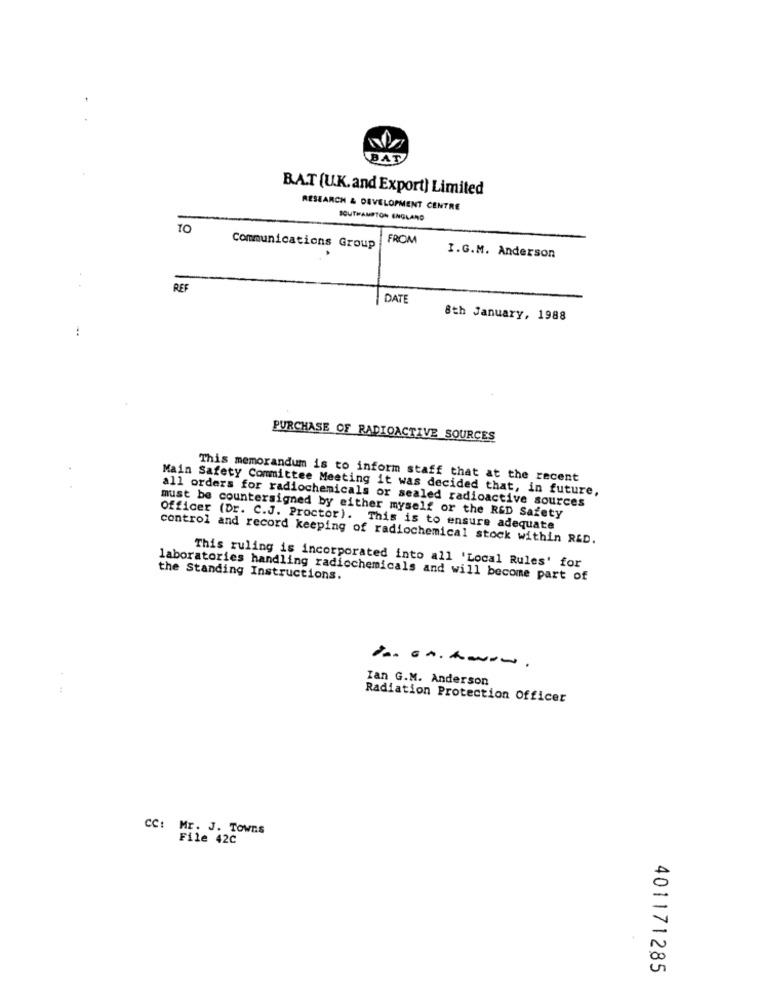
BAT
BAT (U.K. and Export) Limited
RESEARCH & DEVELOPMENT CENTRE
SOUTHAMPTON ENGLAND
TO
FROM
Communications Group
I.G.M. Anderson
REF
DATE
8th January, 1988
PURCHASE OF RADIOACTIVE SOURCES
This memorandum is to inform staff that at the recent
Main Safety Committee Meeting it was decided that, in future,
all orders for radiochemicals or sealed radioactive sources
must be countersigned by either myself or the RED Safety
Officer (Dr. C.J. Proctor). This is to ensure adequate
control and record keeping of radiochemical stock within R&D.
This ruling is incorporated into all 'Local Rules' for
the Standing Instructions.
laboratories handling radicchemicals and will become part of
Ian G.M. Anderson
Radiation Protection Officer
CC: Mr. J. Towns
File 42C
401171285